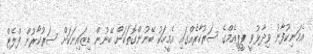
އެމަނިކުފާނު ވިދާޅުވީ ޕީޕީއެމްގެ ސަރުކާރެއްގައި އެމީހަކު ބޭނުންގޮތަކަށް ބޭނުން ޑިޒައިނަކަށް ސަރުކާރުން ފްލެޓް